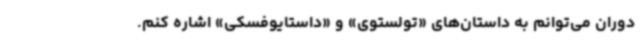
دوران می‌توانم به داستان‌های «تولستوی» و «داستایوفسکی» اشاره کنم.